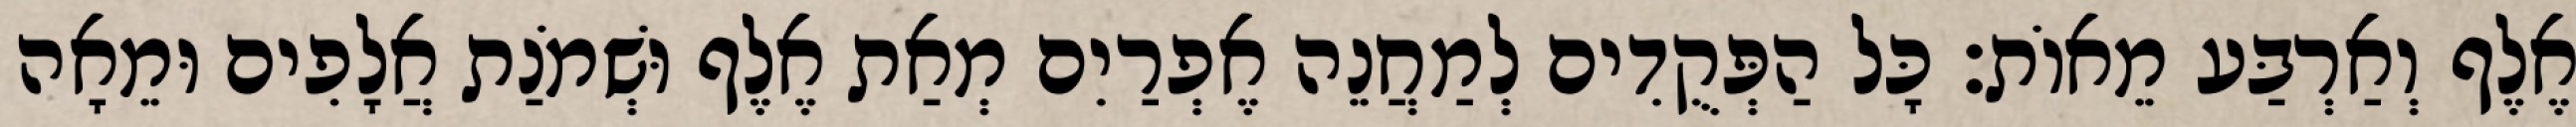
אֶלֶף וְאַרְבַּע מֵאוֹת׃ כָּל הַפְּקֻדִים לְמַחֲנֵה אֶפְרַיִם מְאַת אֶלֶף וּשְׁמֹנַת אֲלָפִים וּמֵאָה